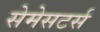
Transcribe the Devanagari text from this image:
सेमेसटर्स